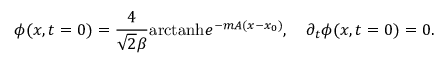
\phi ( x , t = 0 ) = { \frac { 4 } { \sqrt 2 \beta } } \mathrm { a r c t a n h } e ^ { - m A ( x - x _ { 0 } ) } , \quad \partial _ { t } \phi ( x , t = 0 ) = 0 .